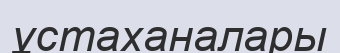
ұстаханалары